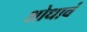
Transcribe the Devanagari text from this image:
शोधावं